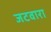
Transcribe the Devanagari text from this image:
जटवारा